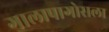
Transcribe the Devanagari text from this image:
गालापागोसला